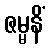
ဇမ္မနိံ